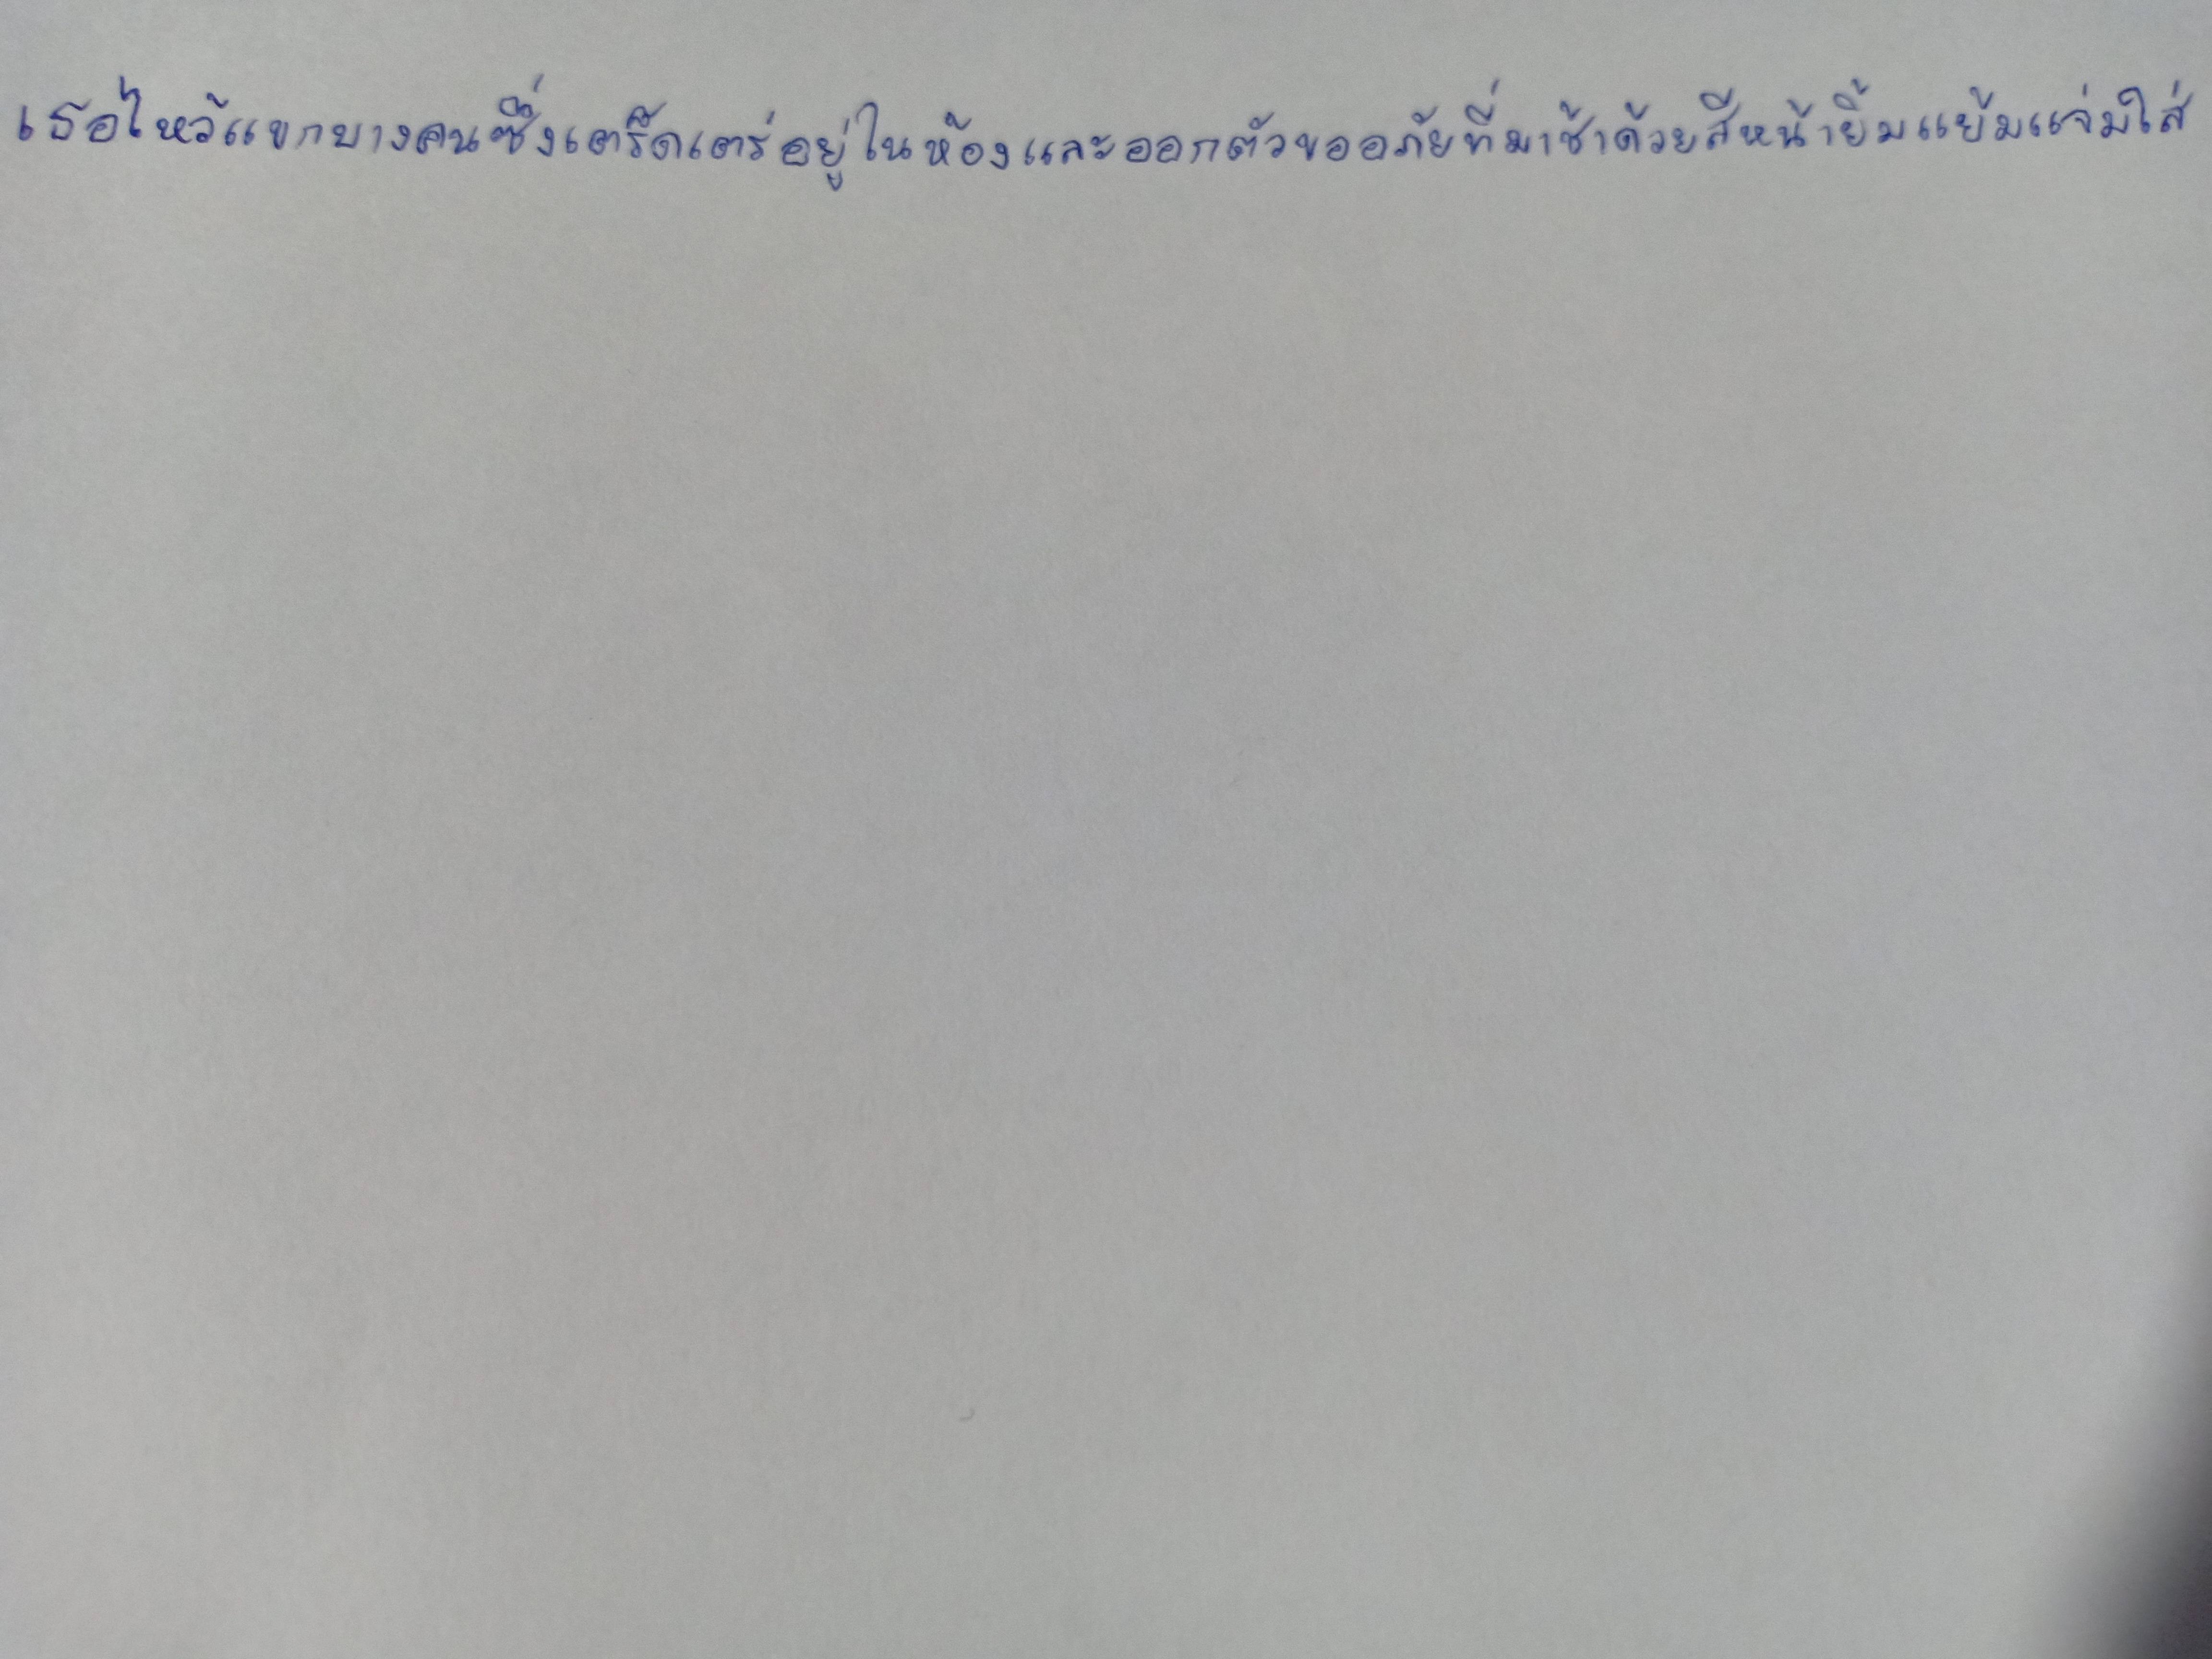
เธอไหว้แขกบางคนซึ่งเตร็ดเตร่อยู่ในห้องและออกตัวขออภัยที่มาช้าด้วยสีหน้ายิ้มแย้มแจ่มใส